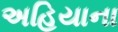
અહિયાના